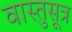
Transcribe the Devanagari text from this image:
वास्तुसूत्र